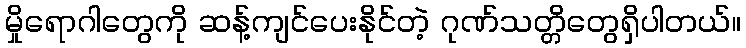
မှိုရောဂါတွေကို ဆန့်ကျင်ပေးနိုင်တဲ့ ဂုဏ်သတ္တိတွေရှိပါတယ်။